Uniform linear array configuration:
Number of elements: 32
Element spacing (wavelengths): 1
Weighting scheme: kaiser
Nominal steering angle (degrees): -30
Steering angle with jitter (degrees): -31.306
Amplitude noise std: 0.05
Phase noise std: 0.05

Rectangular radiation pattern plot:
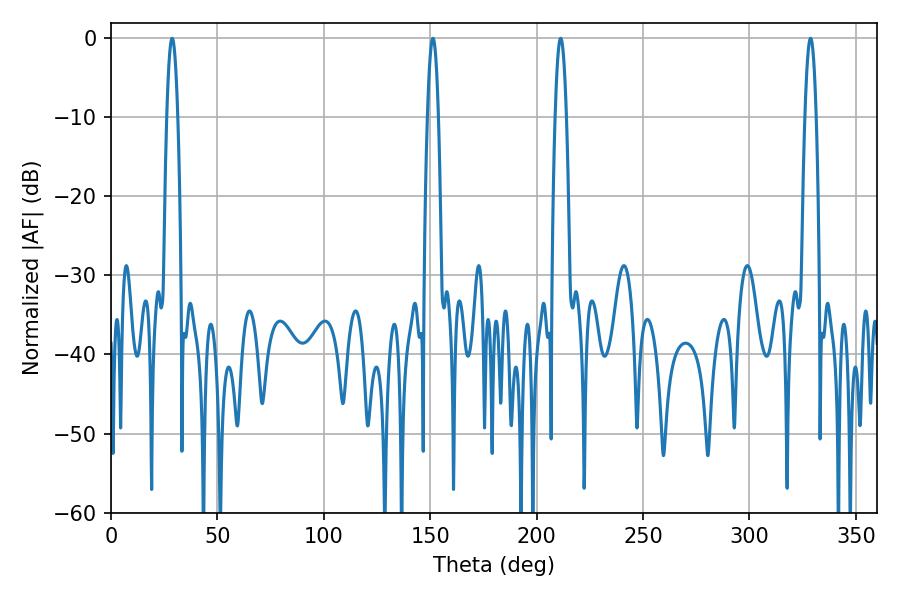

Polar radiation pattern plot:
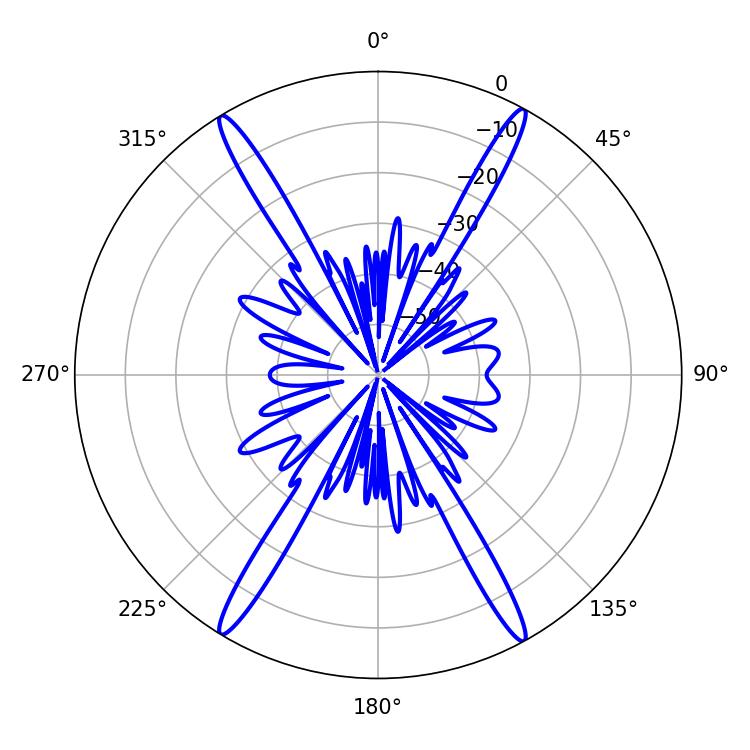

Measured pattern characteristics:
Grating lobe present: TRUE
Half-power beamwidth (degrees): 2.88
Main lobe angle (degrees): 328.68